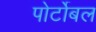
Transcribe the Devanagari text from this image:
पोर्टोबल